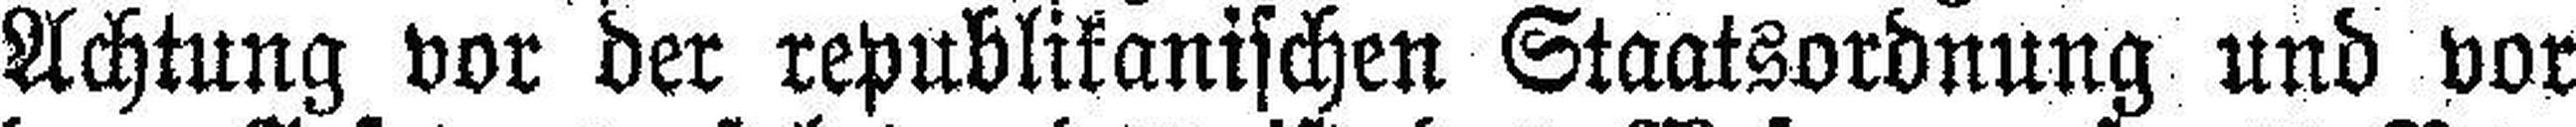
Achtung vor der republikanischen Staatsordnung und vor